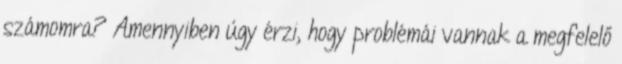
számomra? Amennyiben úgy érzi, hogy problémái vannak a megfelelő